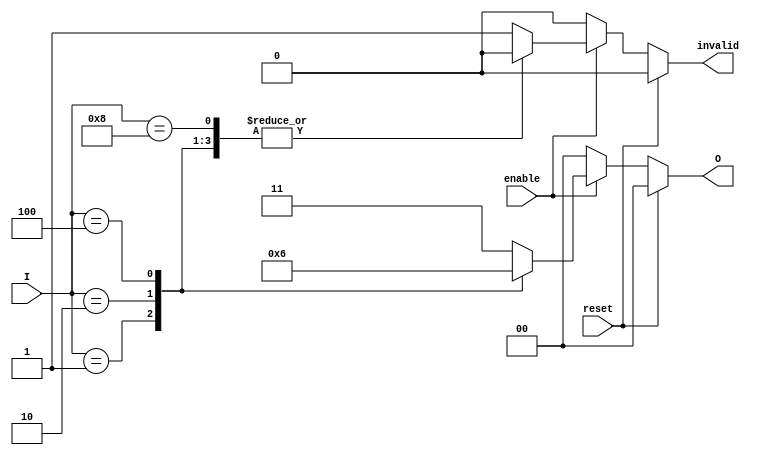
module relative_encoder (
    input wire [3:0] I,        // 4 input lines
    input wire enable,          // Enable signal
    input wire reset,           // Synchronous reset
    output reg [1:0] O,         // 2-bit output for encoding
    output reg invalid          // Invalid state output
);

// Combinational logic for encoding
always @(*) begin
    if (reset) begin
        O = 2'b00;              // Reset output to known state
        invalid = 1'b0;        // No invalid state
    end else if (!enable) begin
        O = 2'b00;              // Default output when disabled
        invalid = 1'b0;        // No invalid state
    end else begin
        case (I)
            4'b0001: begin O = 2'b00; invalid = 1'b0; end // I0 active
            4'b0010: begin O = 2'b01; invalid = 1'b0; end // I1 active
            4'b0100: begin O = 2'b10; invalid = 1'b0; end // I2 active
            4'b1000: begin O = 2'b11; invalid = 1'b0; end // I3 active
            default: begin
                O = 2'b11;          // Invalid state output
                invalid = 1'b1;    // Indicate invalid state
            end
        endcase
    end
end

endmodule